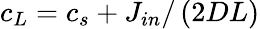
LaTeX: c_{L}=c_{s}+J_{in}/\left(2DL\right)